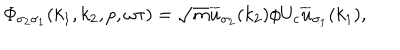
{ \mit \Phi } _ { \sigma _ { 2 } \sigma _ { 1 } } ( k _ { 1 } , k _ { 2 } , p , \omega \tau ) = \sqrt { m } \overline { { { u } } } _ { \sigma _ { 2 } } ( k _ { 2 } ) \phi U _ { c } \overline { { { u } } } _ { \sigma _ { 1 } } ( k _ { 1 } ) ,